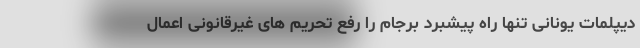
دیپلمات یونانی تنها راه پیشبرد برجام را رفع تحریم های غیرقانونی اعمال